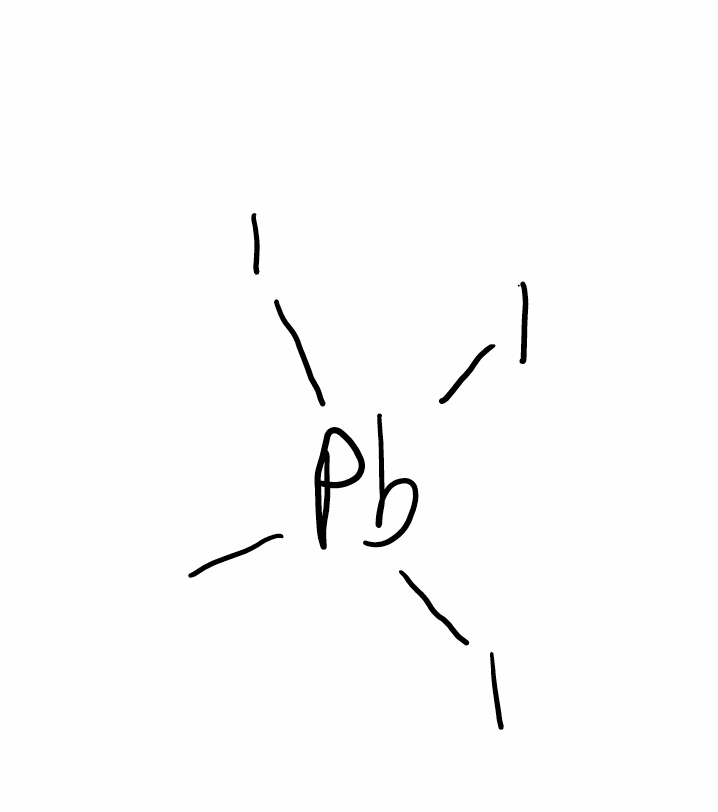
Simplified molecular-input line-entry system (SMILES) notation of the given molecule:
C[Pb](I)(I)I